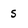
Character: S